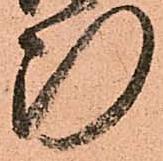
断